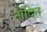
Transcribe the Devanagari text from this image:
नोंदित